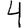
Digit: 4